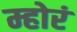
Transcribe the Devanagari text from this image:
म्होरं